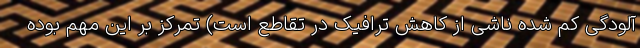
آلودگی کم شده ناشی از کاهش ترافیک در تقاطع است) تمرکز بر اين مهم بوده